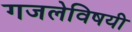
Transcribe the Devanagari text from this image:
गजलेविषयी